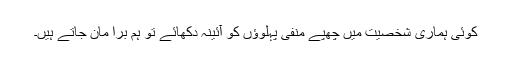
کوئی ہماری شخصیت میں چھپے منفی پہلوؤں کو آئینہ دکھائے تو ہم برا مان جاتے ہیں۔